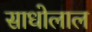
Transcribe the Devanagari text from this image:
साधोलाल